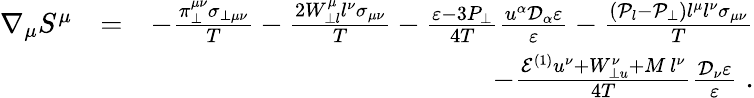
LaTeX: \begin{array}{rlr}{\nabla_{\mu}S^{\mu}}&{=}&{-\frac{\pi_{\perp}^{\mu\nu}\sigma_{\perp\mu\nu}}{T}-\frac{2W_{\perp l}^{\mu}l^{\nu}\sigma_{\mu\nu}}{T}-\frac{\varepsilon-3P_{\perp}}{4T}\frac{u^{\alpha}\mathcal{D}_{\alpha}\varepsilon}{\varepsilon}-\frac{(\mathcal{P}_{l}-\mathcal{P}_{\perp})l^{\mu}l^{\nu}\sigma_{\mu\nu}}{T}}\\ &{}&{-\frac{\mathcal{E}^{(1)}u^{\nu}+W_{\perp u}^{\nu}+M\, l^{\nu}}{4T}\frac{\mathcal{D}_{\nu}\varepsilon}{\varepsilon}\; .}\end{array}